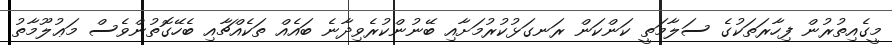
މީގެއިތުރުން ފިހާރަތަކުގެ ސަލާމަތީ ކަންކަން ރަނގަޅުކުރުމަށާއި ބޭނުންކުރެވިދާނެ ބައެއް ތަކެއްޗާއި ބެހޭގޮތުންވެސް މަޢުލޫމާތު